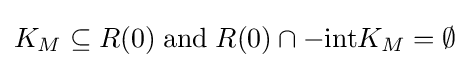
K_{M}\subseteq R(0)\;\mathrm {and} \;R(0)\cap -\mathrm {int} K_{M}=\emptyset